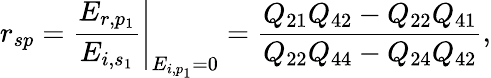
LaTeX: r_{sp}=\left.\frac{E_{r,p_{1}}}{E_{i,s_{1}}}\right\vert_{E_{i,p_{1}}=0}=\frac{Q_{21}Q_{42}-Q_{22}Q_{41}}{Q_{22}Q_{44}-Q_{24}Q_{42}},